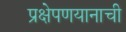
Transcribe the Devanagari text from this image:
प्रक्षेपणयानाची